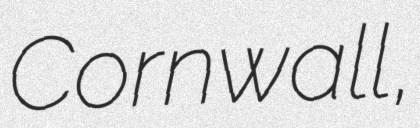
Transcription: Cornwall,